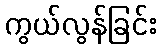
ကွယ်လွန်ခြင်း